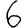
Digit: 6